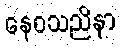
နေဝသညိနာ